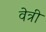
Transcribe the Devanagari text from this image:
वेत्री